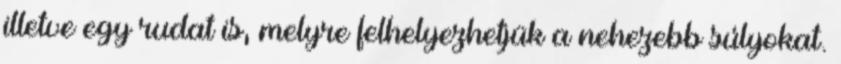
illetve egy rudat is, melyre felhelyezhetjük a nehezebb súlyokat.